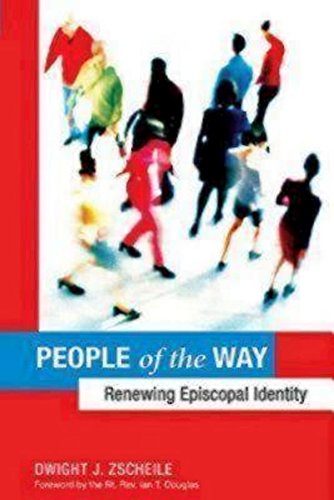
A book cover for People of the Way: Renewing Episcopal Identity; Dwight J. Zscheile; Christian Books & Bibles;